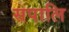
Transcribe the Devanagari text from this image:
सपालि